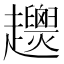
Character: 𧾴